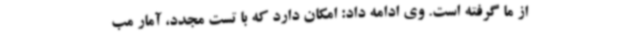
از ما گرفته است. وی ادامه داد: امکان دارد که با تست مجدد، آمار مب